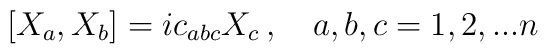
[X_a , X_b ]=ic_{abc}X_c\,, \quad a,b,c=1,2,...n